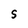
Character: S